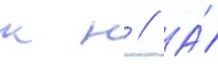
к н // А́